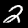
Digit: 2